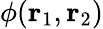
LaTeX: \phi(\mathbf{r}_{1},\mathbf{r}_{2})